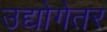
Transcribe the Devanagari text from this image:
उद्योगेतर